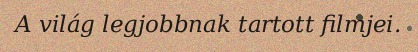
A világ legjobbnak tartott filmjei.